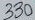
Text: 330